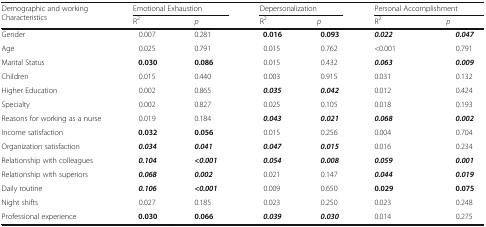
| <ROWSPAN=2> Demographic and working Characteristics | <COLSPAN=2> Emotional Exhaustion | <COLSPAN=2> Depersonalization | <COLSPAN=2> Personal Accomplishment |
 | R2 | p | R2 | p | R2 | p |
 | --- | --- | --- | --- | --- | --- | --- |
 | Gender | 0.007 | 0.281 | 0.016 | 0.093 | 0.022 | 0.047 |
 | Age | 0.025 | 0.791 | 0.015 | 0.762 | <0.001 | 0.791 |
 | Marital Status | 0.030 | 0.086 | 0.015 | 0.432 | 0.063 | 0.009 |
 | Children | 0.015 | 0.440 | 0.003 | 0.915 | 0.031 | 0.132 |
 | Higher Education | 0.002 | 0.865 | 0.035 | 0.042 | 0.012 | 0.424 |
 | Specialty | 0.002 | 0.827 | 0.025 | 0.105 | 0.018 | 0.193 |
 | Reasons for working as a nurse | 0.019 | 0.184 | 0.043 | 0.021 | 0.068 | 0.002 |
 | Income satisfaction | 0.032 | 0.056 | 0.015 | 0.256 | 0.004 | 0.704 |
 | Organization satisfaction | 0.034 | 0.041 | 0.047 | 0.015 | 0.016 | 0.234 |
 | Relationship with colleagues | 0.104 | <0.001 | 0.054 | 0.008 | 0.059 | 0.001 |
 | Relationship with superiors | 0.068 | 0.002 | 0.021 | 0.147 | 0.044 | 0.019 |
 | Daily routine | 0.106 | <0.001 | 0.009 | 0.650 | 0.029 | 0.075 |
 | Night shifts | 0.027 | 0.185 | 0.023 | 0.250 | 0.023 | 0.248 |
 | Professional experience | 0.030 | 0.066 | 0.039 | 0.030 | 0.014 | 0.275 |